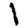
Digit: 1